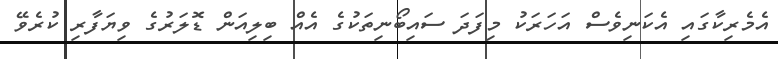
އެމެރިކާގައި އެކަނިވެސް އަހަރަކު މިފަދަ ސައިބޯނިތަކުގެ އެއް ބިލިއަން ޑޮލަރުގެ ވިޔަފާރި ކުރެވޭ